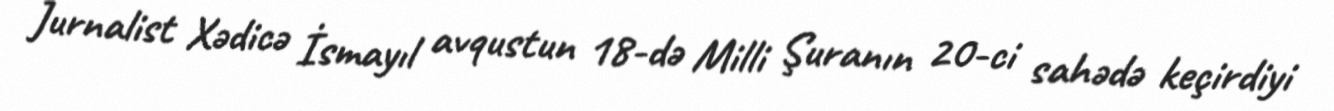
Jurnalist Xədicə İsmayıl avqustun 18-də Milli Şuranın 20-ci sahədə keçirdiyi